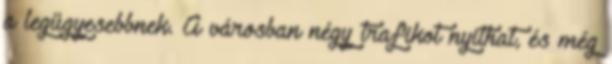
a legügyesebbnek. A városban négy trafikot nyithat, és még